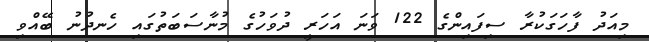
މިއަދު ފާހަގަކުރާ ސިފައިންގެ 122 ވަނަ އަހަރީ ދުވަހުގެ މުނާސަބަތުގައި ހެނދުނު ބޭއްވި